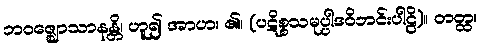
ဘဝဇ္ဈောသာနန္တိ၊ ဟူ၍ အာဟ၊ ၏။ (ပဋိစ္စသမုပ္ပါဒဝိဘင်းပါဠိ)။ တတ္ထ၊